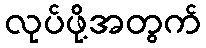
လုပ်ဖို့အတွက်